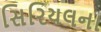
સિરિયલના